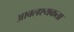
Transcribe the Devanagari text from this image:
आवलश्यकता